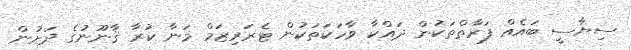
ސިޔާސީ ބައެއް ފަރާތްތަކުން ދައްކާ ވާހަކަތަކުން ޓެރަރިޒަމް މަނާ ކުރާ ޤާނޫނުގެ ދަށުން